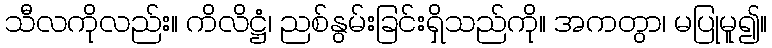
သီလကိုလည်း။ ကိလိဋ္ဌံ၊ ညစ်နွမ်းခြင်းရှိသည်ကို။ အကတွာ၊ မပြုမူ၍။